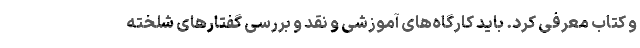
و کتاب معرفی کرد. باید کارگاه‌های آموزشی و نقد و بررسی گفتارهای شلخته